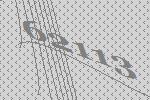
62113